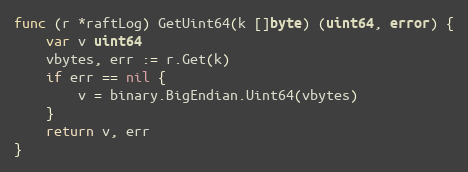
Language: Go
func (r *raftLog) GetUint64(k []byte) (uint64, error) {
	var v uint64
	vbytes, err := r.Get(k)
	if err == nil {
		v = binary.BigEndian.Uint64(vbytes)
	}
	return v, err
}